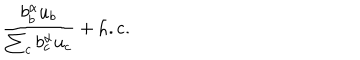
{ \frac { b _ { b } ^ { \alpha } u _ { b } } { \sum _ { c } b _ { c } ^ { \alpha } u _ { c } } } + \mathrm { h . c . }